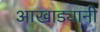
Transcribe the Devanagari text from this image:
आखाड्यानी